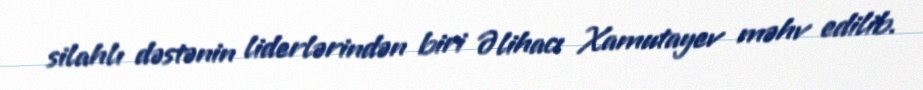
silahlı dəstənin liderlərindən biri Əlihacı Xamutayev məhv edilib.